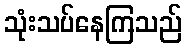
သုံးသပ်နေကြသည်